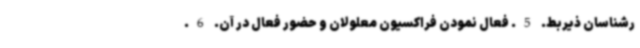
رشناسان ذیربط. 5. فعال نمودن فراکسیون معلولان و حضور فعال در آن. 6.